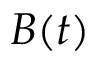
B ( t )